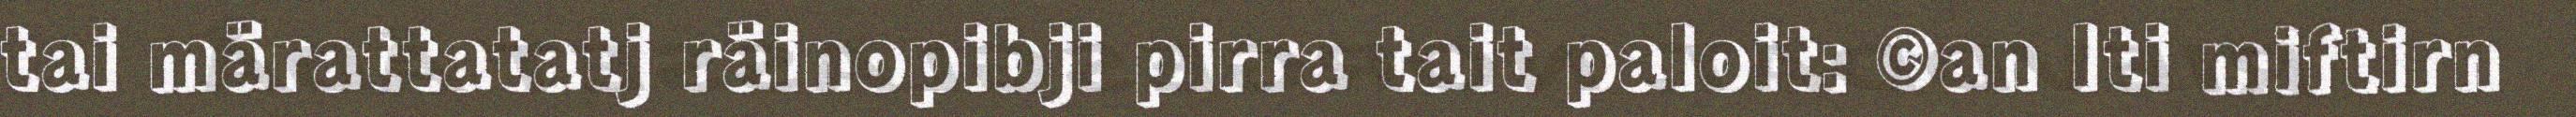
tai märattatatj räinopibji pirra tait paloit: ©an Iti miftirn